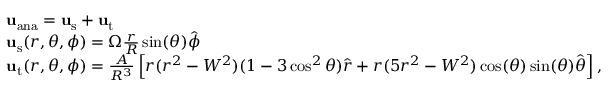
\begin{array} { r l } & { \mathbf { u } _ { \mathrm { a n a } } = \mathbf { u } _ { \mathrm { s } } + \mathbf { u } _ { \mathrm { t } } } \\ & { \mathbf { u } _ { \mathrm { s } } ( r , \theta , \phi ) = \Omega \frac { r } { R } \sin ( \theta ) \hat { \boldsymbol \phi } } \\ & { \mathbf { u } _ { \mathrm { t } } ( r , \theta , \phi ) = \frac { A } { R ^ { 3 } } \left[ r ( r ^ { 2 } - W ^ { 2 } ) ( 1 - 3 \cos ^ { 2 } \theta ) \hat { \boldsymbol r } + r ( 5 r ^ { 2 } - W ^ { 2 } ) \cos ( \theta ) \sin ( \theta ) \hat { \boldsymbol \theta } \right] , } \end{array}